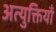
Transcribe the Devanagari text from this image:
अत्युक्तियाँ